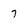
Character: 7